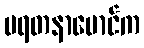
မရတနာမောင်က